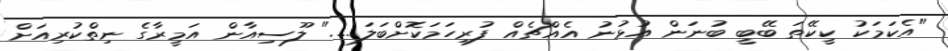
"އެކަމަކު ކީކޭތަ ބޭބީ ބުނަން އުޅުނު އެއްޗެއް ފުރިހަމަކޮށްބަލަ....." ލޫސިއާން އަމީރާގެ ނިތްކުރިއަށް